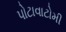
પોટાવાટોમી